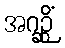
အဂဉ္ဆိံ